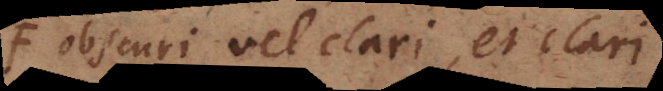
obscuri vel clari, et clari